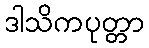
ဒါသိကပုတ္တာ